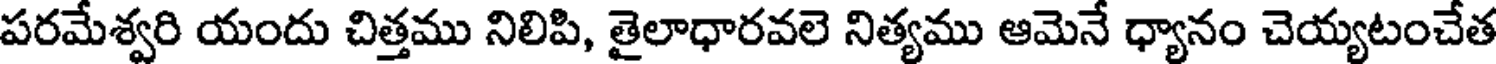
పరమేశ్వరి యందు చిత్తము నిలిపి, తైలాధారవలె నిత్యము ఆమెనే ధ్యానం చెయ్యటంచేత